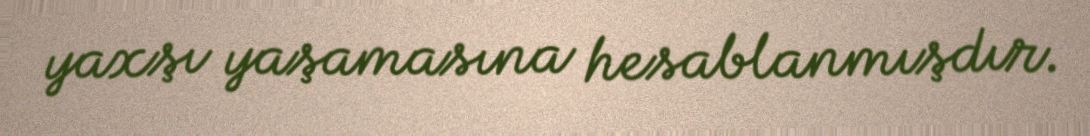
yaxşı yaşamasına hesablanmışdır.